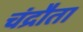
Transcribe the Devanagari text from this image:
चंद्रौता